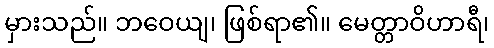
မှားသည်။ ဘဝေယျ၊ ဖြစ်ရာ၏။ မေတ္တာဝိဟာရီ၊